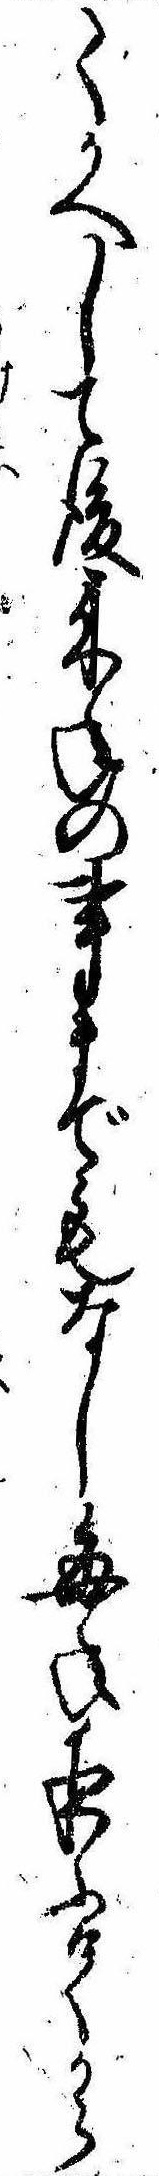
てかへして後来年の事までもなし毎年夜ふけてから